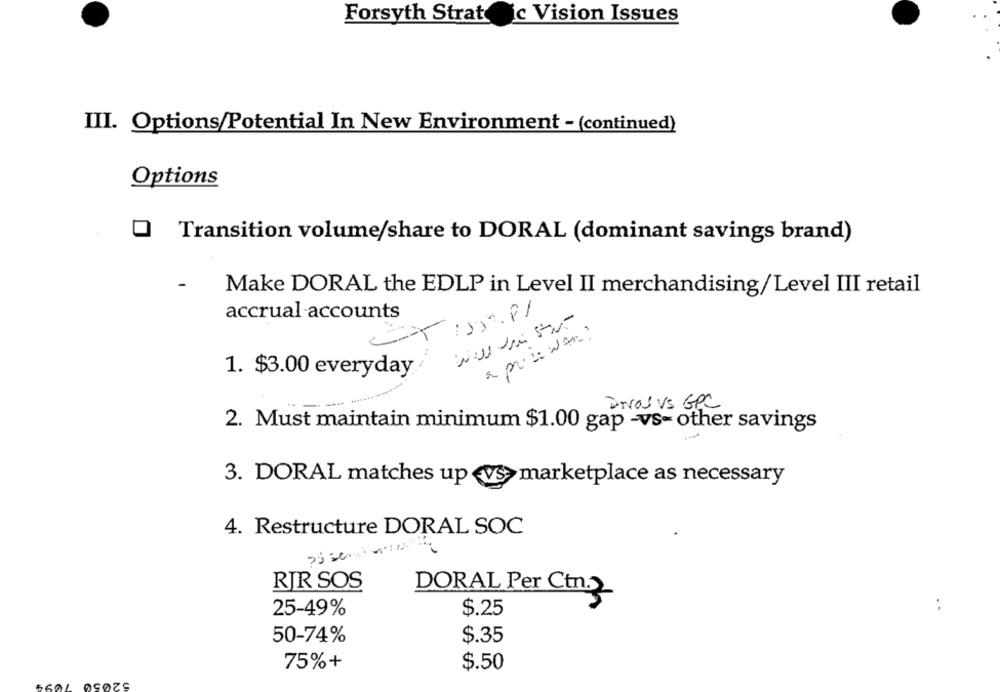
Forsyth Strategic Vision Issues
III. Options/Potential In New Environment - (continued)
Options
0
Transition volume/share to DORAL (dominant savings brand)
-
Make DORAL the EDLP in Level II merchandising/Level III retail
-
accrual accounts
a price war !
..
1. $3.00 everyday
Dival vs GPC
2. Must maintain minimum $1.00 gap -vs- other savings
3. DORAL matches up «vs> marketplace as necessary
4. Restructure DORAL SOC
RIR SOS
DORAL Per Ctn.2
25-49%
$.25
50-74%
$.35
75%+
$.50
52050